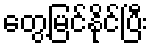
တွေ့မြင်နိုင်ပြီး